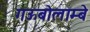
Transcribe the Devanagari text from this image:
गऊबोलाम्बे